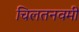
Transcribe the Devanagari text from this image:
चिलतनवमी